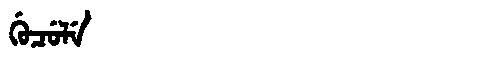
Manchu: ᡤᡠᠴᡠᠯᡝ
Romanization: GUCULE